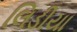
લિડીયા